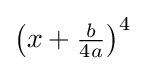
\left(x+{\tfrac {b}{4a}}\right)^{4}